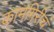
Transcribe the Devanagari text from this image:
कामगिरीचं